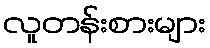
လူတန်းစားများ